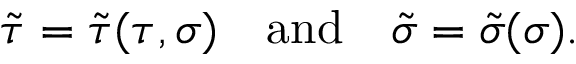
\tilde { \tau } = \tilde { \tau } ( \tau , \sigma ) \quad \mathrm { a n d } \quad \tilde { \sigma } = \tilde { \sigma } ( \sigma ) .